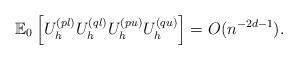
LaTeX: \begin{align*}\mathbb{E}_0\left[ U_h^{(pl)}U_h^{(ql)}U_h^{(pu)}U_h^{(qu)} \right]=O(n^{-2d -1}). \end{align*}